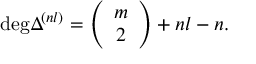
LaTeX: \mathrm { d e g } \Delta ^ { ( n l ) } = \left( \begin{array} { c } { { m } } \\ { { 2 } } \end{array} \right) + n l - n .